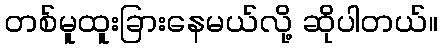
တစ်မူထူးခြားနေမယ်လို့ ဆိုပါတယ်။